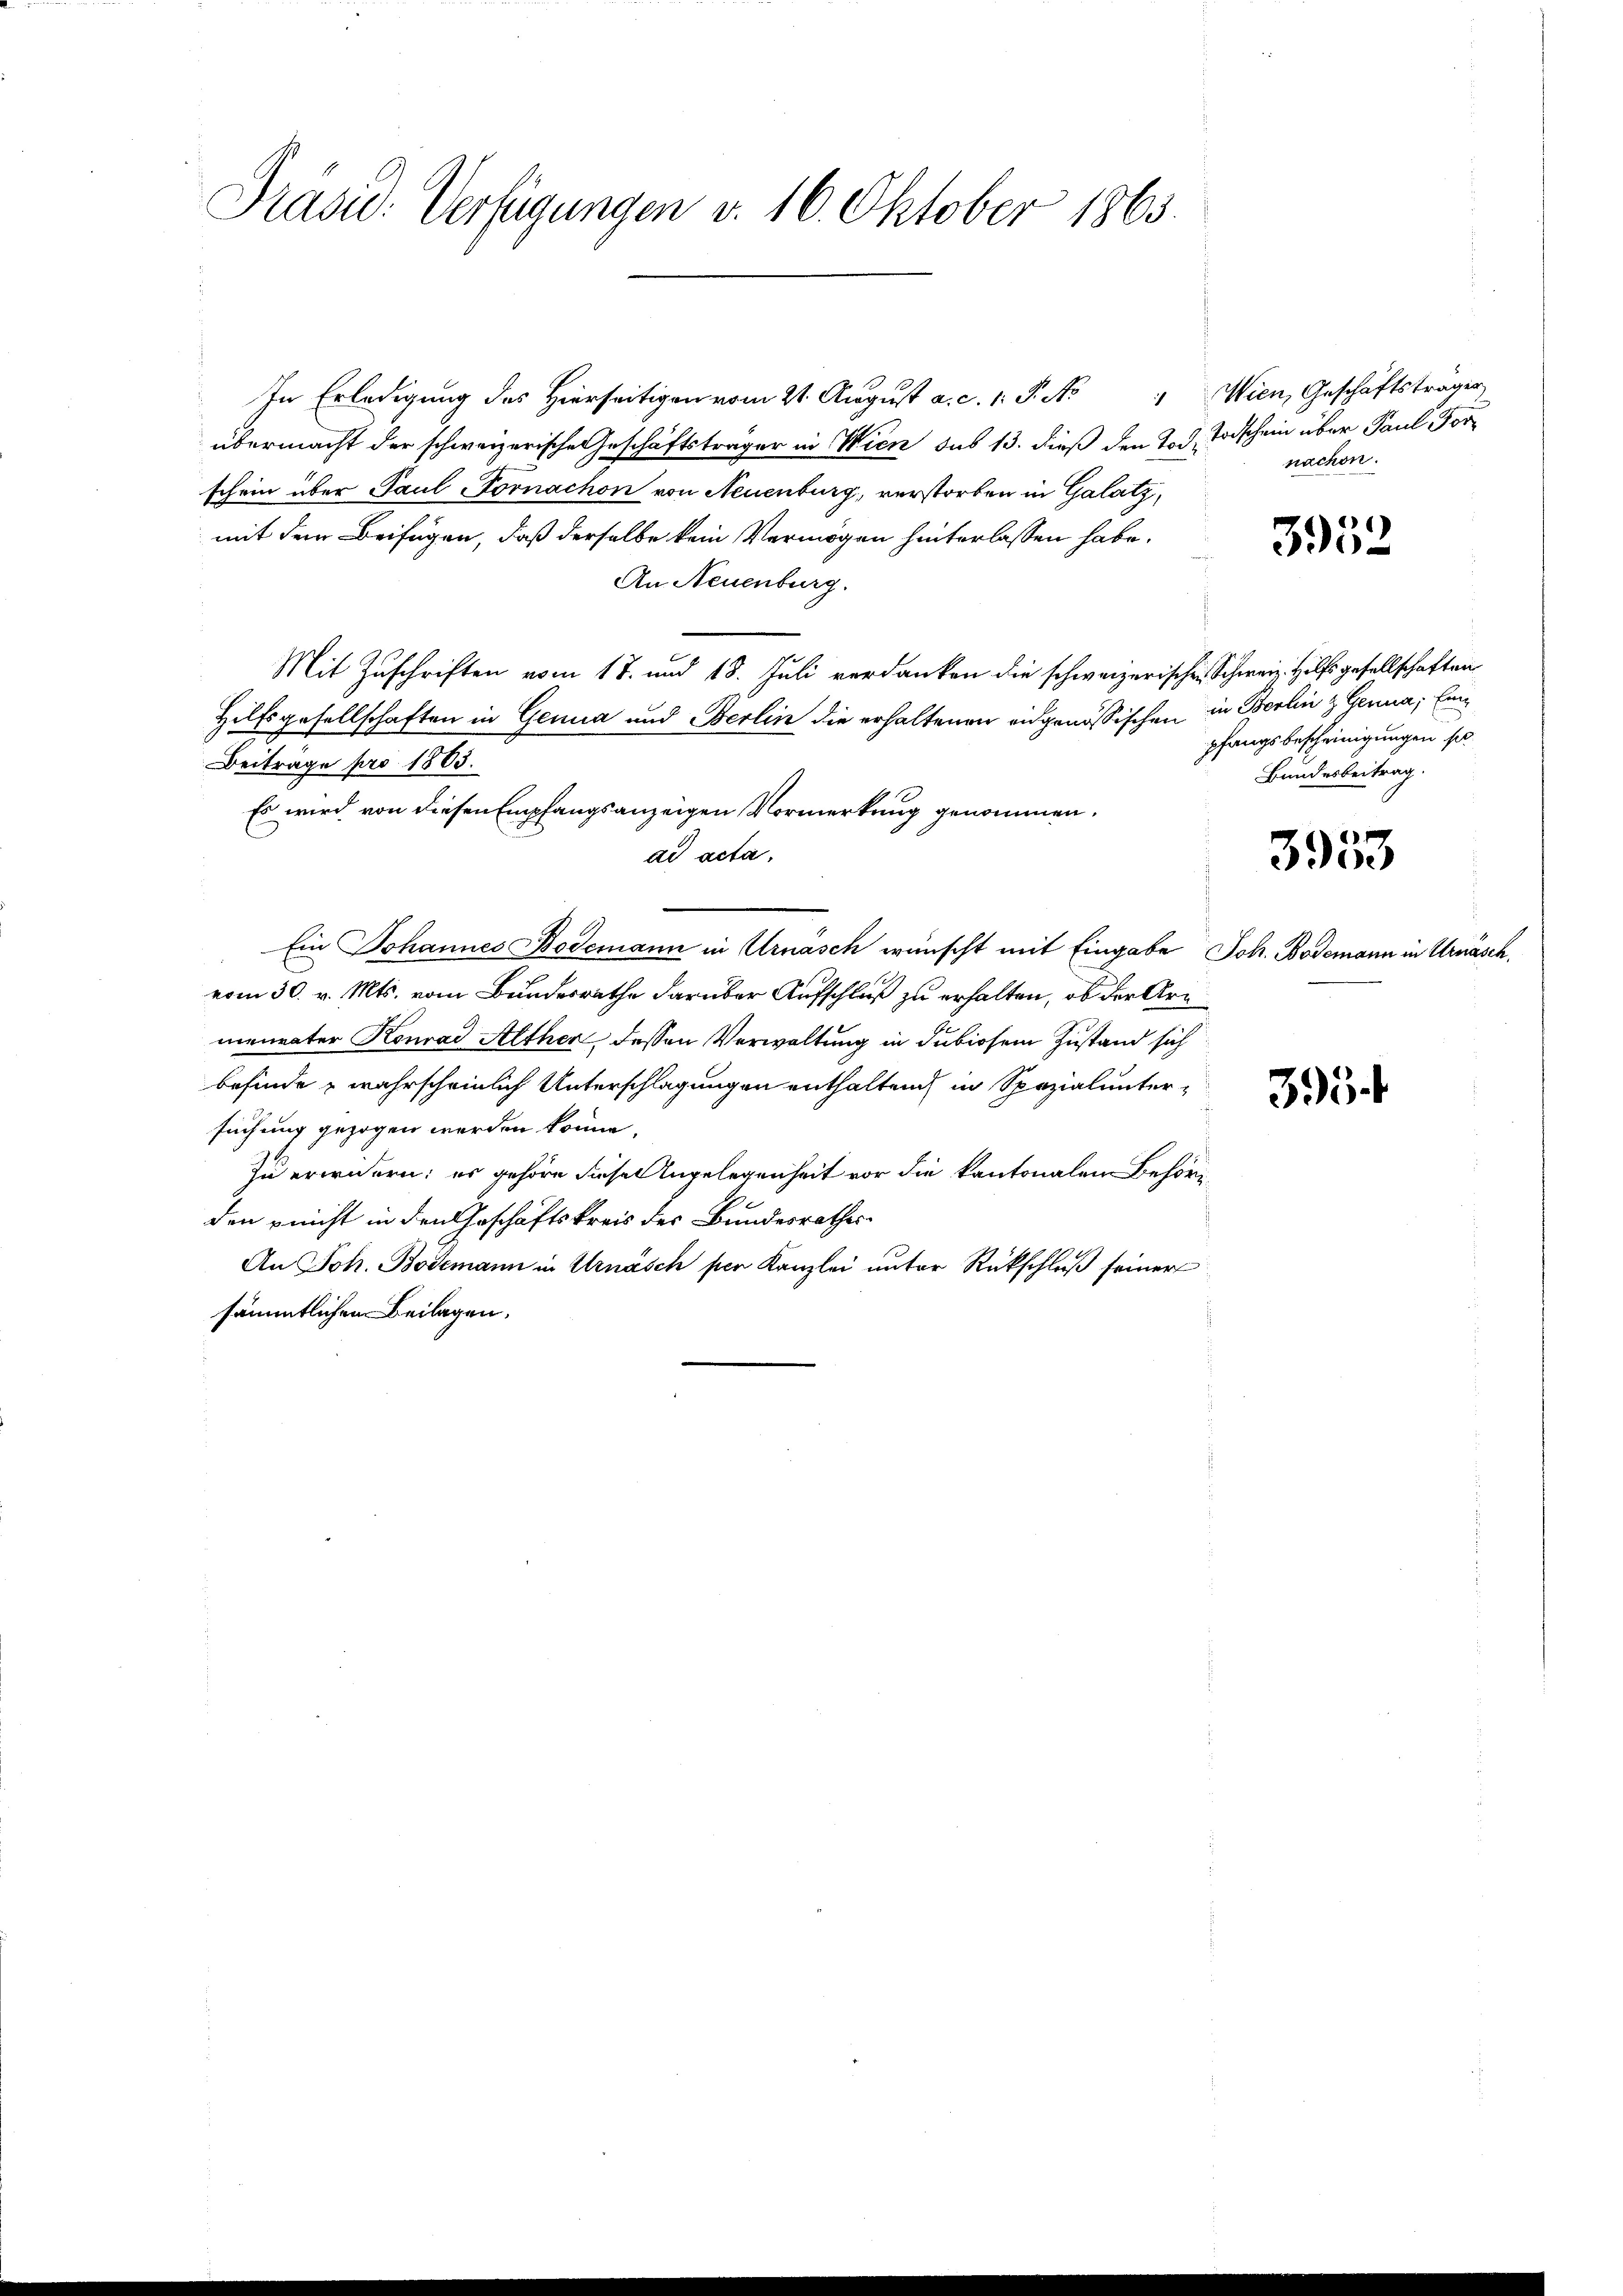
Präsid. Verfügungen v. 16. Oktober 1863.

In Erledigung des Hierseitigen vom 21. August a. c. v. J. No " Wien, Geschäftsträger
übermacht der schweizerische Geschäftsträger in Wien sus 13. dieß den Tod. Todschein über Paul Forschein über Paul -Fornachon von Neuenburg, verstorben in Galatz,
mit dem Beifügen, daß derselbe kein Vermögen hinterlassen habe.
An Neuenburg.
Mit Zuschriften vom 17. und 18. Juli verdanken die schweizerischen Schweiz. Hilfsgesellschaften
Hilfsgesellschaften in Genua und Berlin die erhaltenen eidgenössischen in Berlin & Genua; Ein
Beitrage pro 1803.
ad acta,
Ein Johannes Bodemann in Arnasch wünscht mit Eingabe Joh. Bodemann in Urnasch.
vom 30. v. Mts. vom Bundesrathe darüber Aufschluß zu erhalten, ob der Arn
menvater Konrad Alther dessen Verwaltung in dubiosem Zustand sich
befinde, wahrscheinlich Unterschlagungen enthalten in Spezialuntersuchung gezogen werden könne.
Zu erwidern; es gehöre diesen Angelegenheit vor die kantonalen Behörden nicht in den Geschäftskreis des Bundesrathes
An Joh. Bodemann in Urnäsch per Kanzlei unter Rückschluß seiner
sämmtlichen Beilagen.

Es wird von diesen Empfangsanzeigen Vormerkung genommen.

nachen.

3952

pfangsbescheinigungen so
Bundesbeitrag.

3953

395.